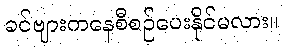
ခင်ဗျားကနေစီစဉ်ပေးနိုင်မလား။